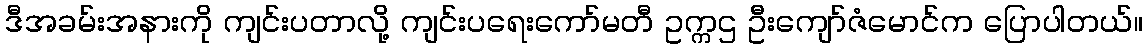
ဒီအခမ်းအနားကို ကျင်းပတာလို့ ကျင်းပရေးကော်မတီ ဥက္ကဌ ဦးကျော်ဇံမောင်က ပြောပါတယ်။